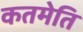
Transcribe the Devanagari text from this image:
कतमेति